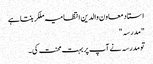
استاد معاون والدین انتظامیہ ملکر بنتا ہے
"مدرسہ "
تو مدرسہ نے آپ پر بہت محنت کی ۔